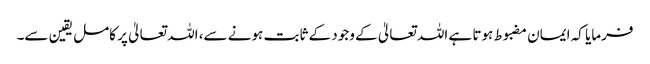
فرمایا کہ ایمان مضبوط ہوتا ہے اللہ تعالیٰ کے وجود کے ثابت ہونے سے، اللہ تعالیٰ پر کامل یقین سے۔